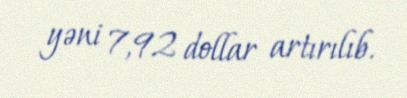
yəni 7,92 dollar artırılıb.